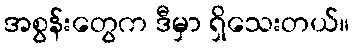
အစွန်းတွေက ဒီမှာ ရှိသေးတယ်။